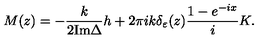
M ( z ) = - \frac { k } { 2 { \mathrm { I m } } \Delta } h + 2 \pi i k \delta _ { \varepsilon } ( z ) \frac { 1 - e ^ { - i x } } { i } K .